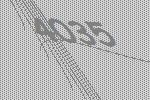
4035